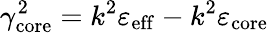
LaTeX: \gamma_{\mathrm{core}}^{2}=k^{2}\varepsilon_{\mathrm{eff}}-k^{2}\varepsilon_{\mathrm{core}}